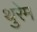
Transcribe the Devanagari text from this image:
थुरेम